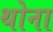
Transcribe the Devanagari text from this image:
थोना